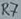
Text: R7